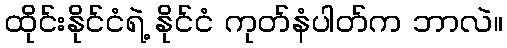
ထိုင်းနိုင်ငံရဲ့ နိုင်ငံ ကုတ်နံပါတ်က ဘာလဲ။